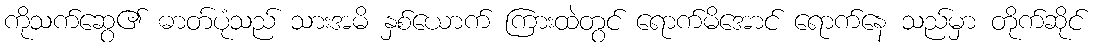
ကိုသက်ဆွေ၏ ဓာတ်ပုံသည် သားအမိ နှစ်ယောက် ကြားထဲတွင် ရောက်မိအောင် ရောက်နေ သည်မှာ တိုက်ဆိုင်